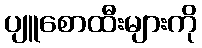
ပျူစောထီးများကို